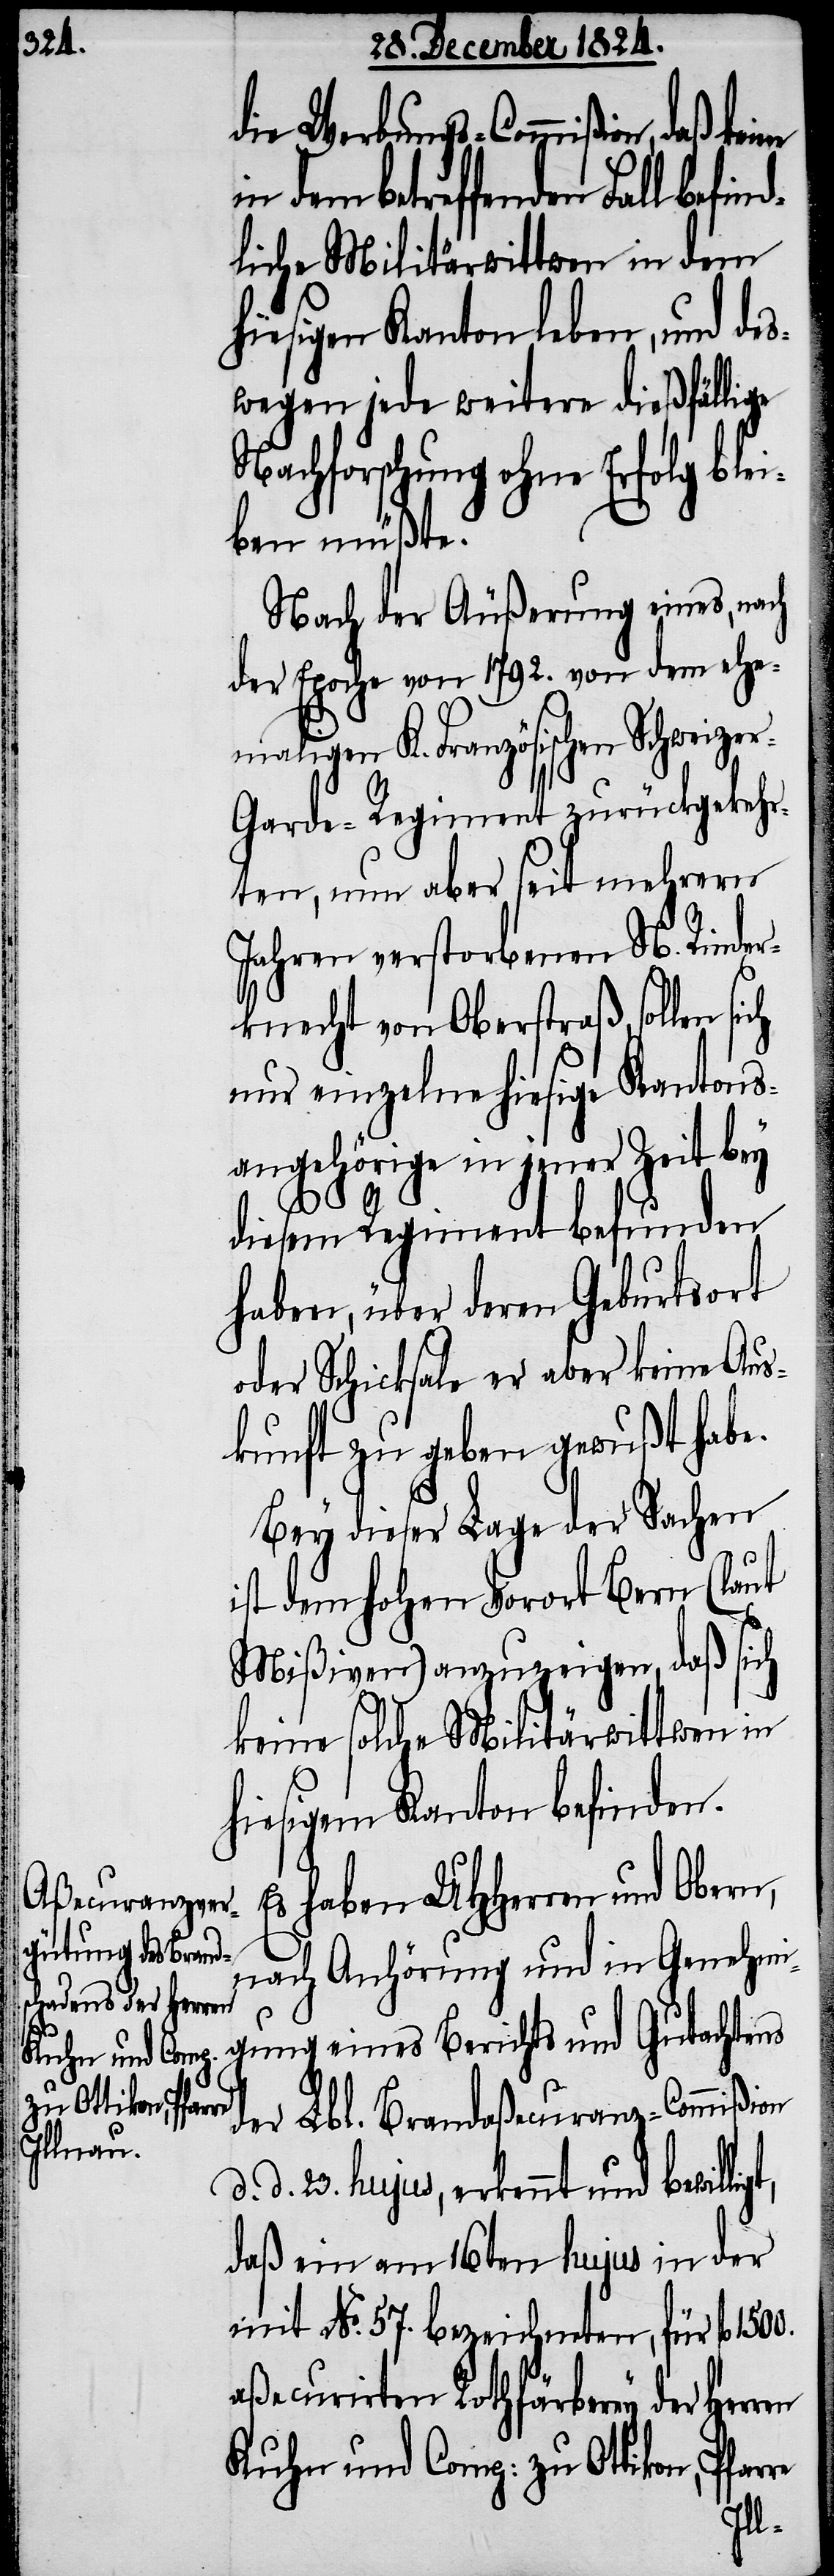
die Werbungs-Commißion, daß
dem betreffenden Fall befin¬
dliche Militärwittwen in dem
hiesigen Kanton leben, und des¬
wegen jede weitere dießfällige
Nachforschung ohne Erfolg ble¬
iben müßte.
Nach der Äußerung eines, nach
der Epoche von 1792. von dem ehe¬
maligen K. Französischen Schweize¬
r-Garde-Regiment zurückgekehr¬
ten, nun aber seit mehrern
Jahren verstorbenen N. Rinder¬
knecht von Oberstraß, sollen
nur einzelne hiesige Kantons¬
angehörige in jener Zeit bey
t,
diesem Regiment befunden
haben, über deren Geburtsort
oder Schicksal er aber keine Aus¬
kunft zu geben gewußt habe.
Bey dieser Lage der Sachen
ist dem hohen Vorort Bern (laut
Mißiven) anzuzeigen, daß sich
keine solche Militärwittwen in
hiesigem Kanton befinden.
Es haben UHHerren und Obern,
nach Anhörung und in Genehm¬
igung eines Berichts und Gutachtens
der Lbl. Brandaßecuranz-Commißion
d. 23. hujus, erkennt und bewillig¬
daß ein am 16ten hujus in der
mit No. 57. bezeichneten, für fl.
aßecurirten Rothfärberey der Herren
Kuhn und Comp: zu Ottikon, Pfarre